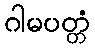
ဂါမပတ္တံ